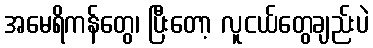
အမေရိကန်တွေ၊ ပြီးတော့ လူငယ်တွေချည်းပဲ